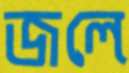
জলে